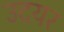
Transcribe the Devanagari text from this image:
उदयर